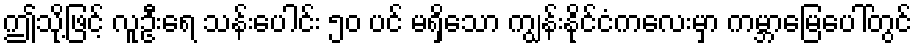
ဤသို့ဖြင့် လူဦးရေ သန်းပေါင်း ၅၀ ပင် မရှိသော ကျွန်းနိုင်ငံကလေးမှာ ကမ္ဘာမြေပေါ်တွင်